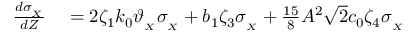
\begin{array} { r l } { \frac { d \sigma _ { _ X } } { d Z } } & { { } = 2 \zeta _ { 1 } k _ { 0 } \vartheta _ { _ { X } } \sigma _ { _ X } + b _ { 1 } \zeta _ { 3 } \sigma _ { _ X } + \frac { 1 5 } { 8 } A ^ { 2 } \sqrt { 2 } c _ { 0 } \zeta _ { 4 } \sigma _ { _ X } } \end{array}